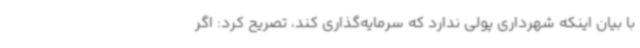
با بیان اینکه شهرداری پولی ندارد که سرمایه‌گذاری کند، تصریح کرد: اگر